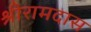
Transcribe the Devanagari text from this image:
श्रीरामदास